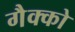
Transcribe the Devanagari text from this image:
गैक्को